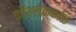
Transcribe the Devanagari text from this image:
कौशलक्कळि